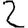
Digit: 2